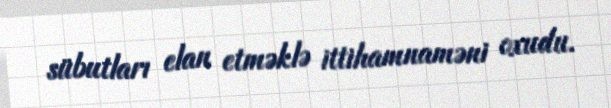
sübutları elan etməklə ittihamnaməni oxudu.